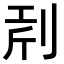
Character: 𠜝